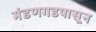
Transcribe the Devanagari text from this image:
मंडणगडपासून